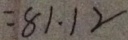
= 8 1 . 1 2